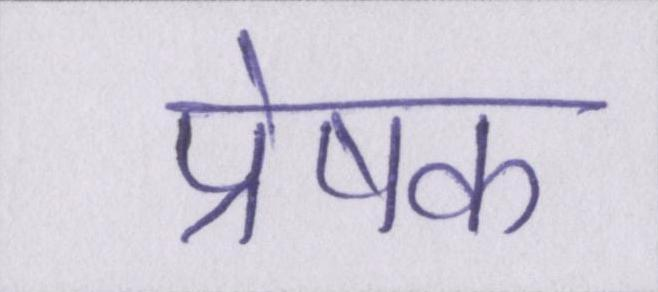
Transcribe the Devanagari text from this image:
प्रेषक